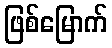
ဖြစ်မြောက်